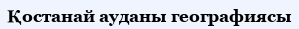
Қостанай ауданы географиясы